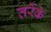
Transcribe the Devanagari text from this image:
तर्रेके